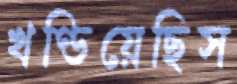
খণ্ডিয়েছিস